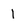
Character: l